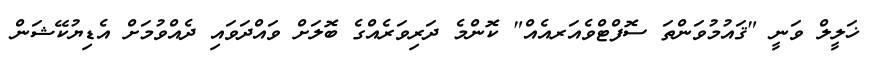
ޚަލީލް ވަނީ "ޤައުމުވަންތަ ސޮފްޓްވެއަރއެއް" ކޮންމެ ދަރިވަރެއްގެ ބޮލަށް ވައްދަވައި ދެއްވުމަށް އެޑިޔުކޭޝަން